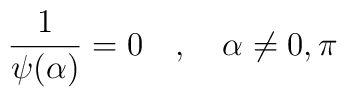
{1\over \psi(\alpha)} = 0 \quad , \quad \alpha\neq 0,\pi